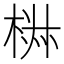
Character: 𣓙